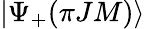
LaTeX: |\Psi_{+}({\pi}JM)\rangle